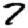
Digit: 7